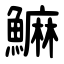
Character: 䲈